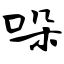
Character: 哚